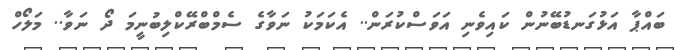
ބައްޕާ އަޅުގަނޑުބޭނުން ކައިވެނި އަވަސްކުރަން.. އެކަމަކު ނަވާގެ ސެމްބްރޭކްލިބުނީމަ ދޯ ނަވާ.. މަލޯހް